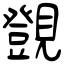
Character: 覴